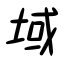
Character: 域